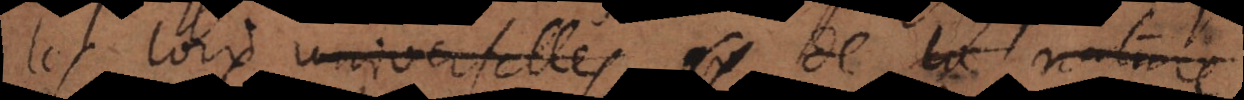
les loix universelles de la nature